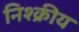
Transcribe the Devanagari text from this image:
निश्क्रीय